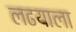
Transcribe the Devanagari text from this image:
लढयाला